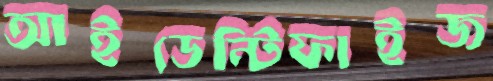
আইডেন্টিফাইজ